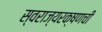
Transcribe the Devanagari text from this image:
स्वराज्यरक्षणची